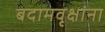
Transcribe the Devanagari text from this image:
बदामवृक्षांना